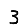
Digit: 3